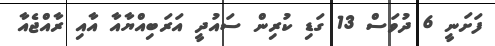
ފަށަނީ 6 ދުވަސް 13 ގަޑި ކުރިން ސައުދީ އަރަބިއްޔާއާ އާއި ރާއްޖެއާ